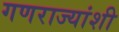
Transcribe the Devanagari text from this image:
गणराज्यांशी